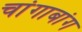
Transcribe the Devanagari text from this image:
चांगाबांग